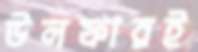
উলফারই